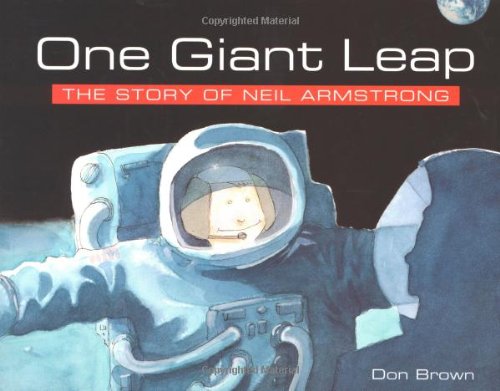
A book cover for One Giant Leap: The Story of Neil Armstrong; Don Brown; Children's Books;